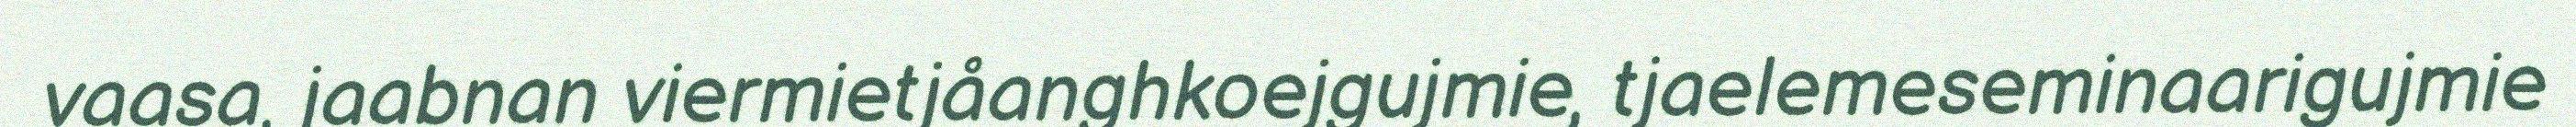
vaasa, jaabnan viermietjåanghkoejgujmie, tjaelemeseminaarigujmie